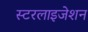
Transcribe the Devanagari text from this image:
स्टरलाइजेशन